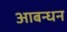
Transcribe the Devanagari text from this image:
आबन्धन